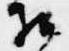
相